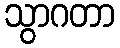
သွာဂတာ